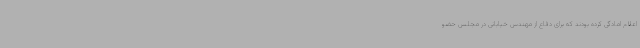
اعلام امادگی کرده بودند که برای دفاع از مهندس خیابانی در مجلس حضو